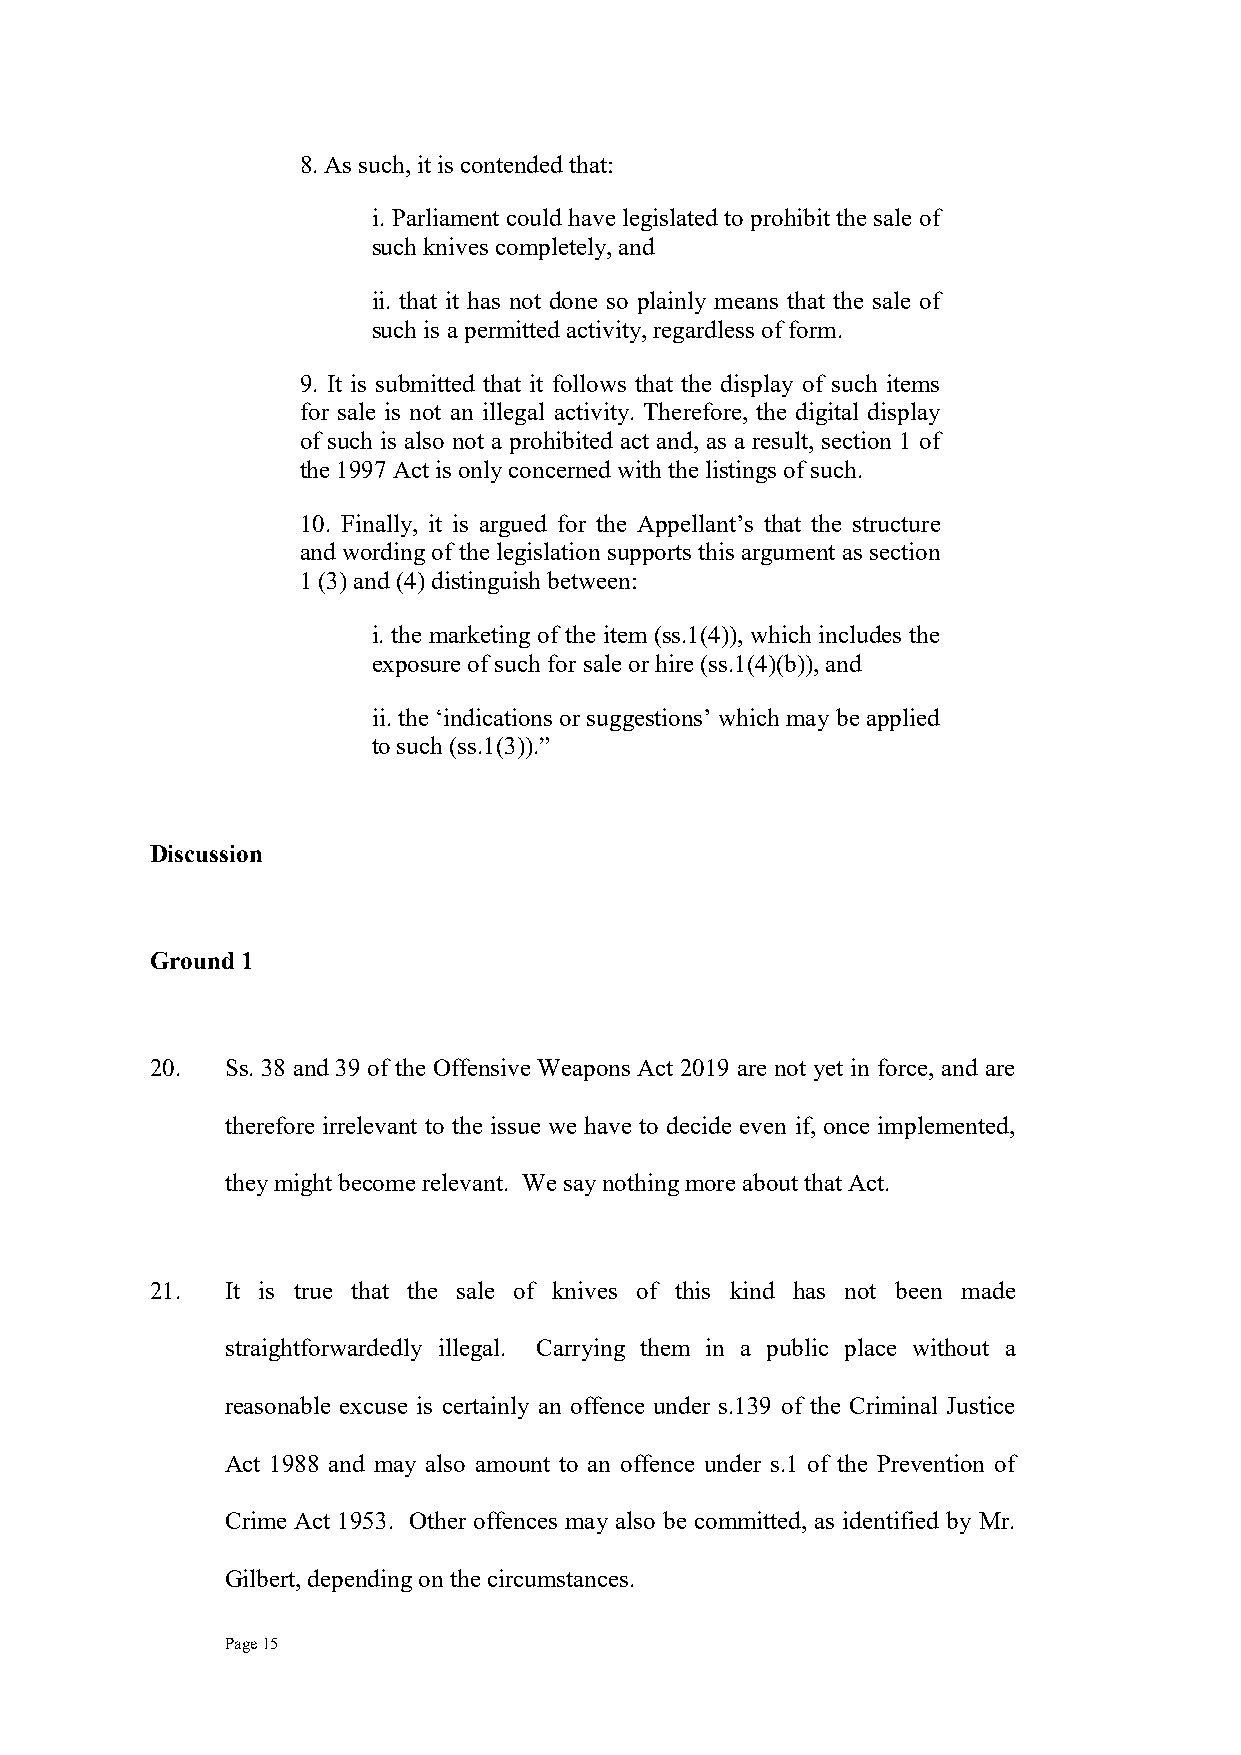
8. As such, it is contended that:
 i. Parliament could have legislated to prohibit the sale of
 such knives completely, and
 ii. that it has not done so plainly means that the sale of
 such is a permitted activity, regardless of form.
 9. It is submitted that it follows that the display of such items
 for sale is not an illegal activity. Therefore, the digital display
 of such is also not a prohibited act and, as a result, section 1 of
 the 1997 Act is only concerned with the listings of such.
 10. Finally, it is argued for the Appellant’s that the structure
 and wording of the legislation supports this argument as section
 1 (3) and (4) distinguish between:
 i. the marketing of the item (ss.1(4)), which includes the
 exposure of such for sale or hire (ss.1(4)(b)), and
 ii. the ‘indications or suggestions’ which may be applied
 to such (ss.1(3)).”
 Discussion
 Ground 1
 20.  Ss. 38 and 39 of the Offensive Weapons Act 2019 are not yet in force, and are
 therefore irrelevant to the issue we have to decide even if, once implemented,
 they might become relevant. We say nothing more about that Act.
 21.  It is true that the sale of knives of this kind has not been made
 straightforwardedly illegal. Carrying them in a public place without a
 reasonable excuse is certainly an offence under s.139 of the Criminal Justice
 Act 1988 and may also amount to an offence under s.1 of the Prevention of
 Crime Act 1953. Other offences may also be committed, as identified by Mr.
 Gilbert, depending on the circumstances.
 Page 15